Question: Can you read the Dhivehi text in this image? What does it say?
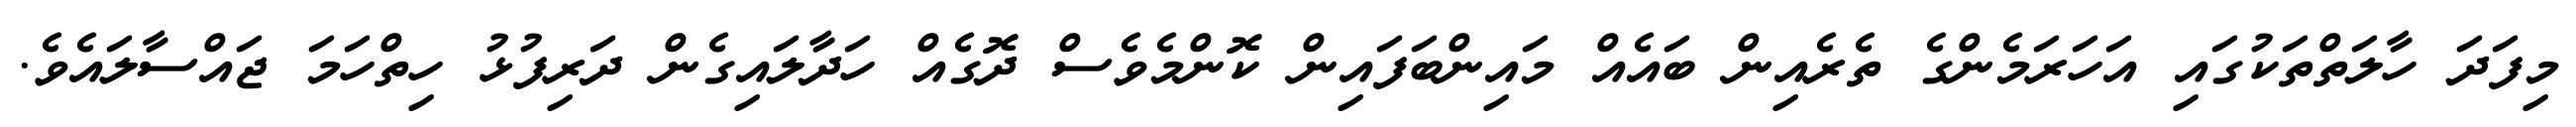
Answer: މިފަދަ ހާލަތްތަކުގައި އަހަރަމެންގެ ތެރެއިން ބައެއް މައިންބަފައިން ކޮންމެވެސް ދޮގެއް ހަދާލައިގެން ދަރިފުޅު ހިތްހަމަ ޖައްސާލައެވެ.